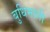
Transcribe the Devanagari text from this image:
बुधिमानी